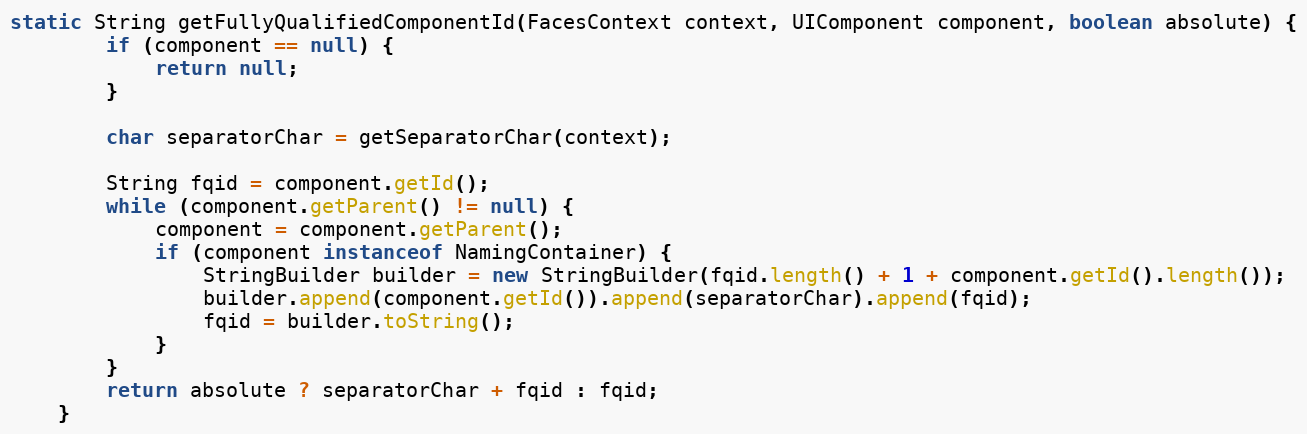
Language: Java
static String getFullyQualifiedComponentId(FacesContext context, UIComponent component, boolean absolute) {
        if (component == null) {
            return null;
        }

        char separatorChar = getSeparatorChar(context);

        String fqid = component.getId();
        while (component.getParent() != null) {
            component = component.getParent();
            if (component instanceof NamingContainer) {
                StringBuilder builder = new StringBuilder(fqid.length() + 1 + component.getId().length());
                builder.append(component.getId()).append(separatorChar).append(fqid);
                fqid = builder.toString();
            }
        }
        return absolute ? separatorChar + fqid : fqid;
    }